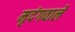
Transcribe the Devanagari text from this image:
मृदंगवाले